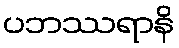
ပဘဿရာနိ